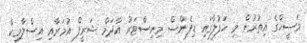
މަސީހްގެ އިތުރުން މި ހަފުލާގައި ޑިފެންސް މިނިސްޓަރު އާދަމް ޝަރީފް އުމަރާއި އިސްލާމިކް